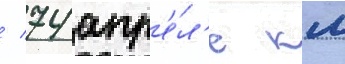
/ 74 апр'е́л'е км